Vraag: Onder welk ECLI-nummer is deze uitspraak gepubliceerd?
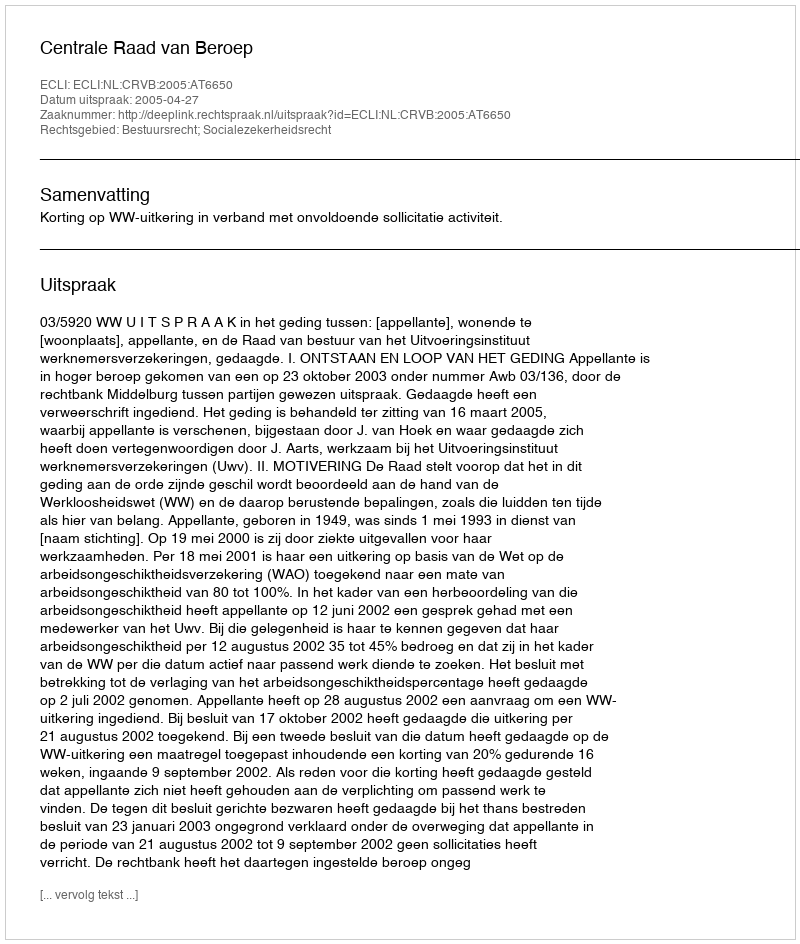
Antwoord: ECLI:NL:CRVB:2005:AT6650